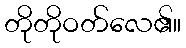
တိုတိုဝတ်လေ၏။